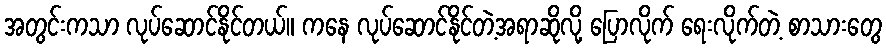
အတွင်းကသာ လုပ်ဆောင်နိုင်တယ်။ ကနေ လုပ်ဆောင်နိုင်တဲ့အရာဆိုလို့ ပြောလိုက် ရေးလိုက်တဲ့ စာသားတွေ